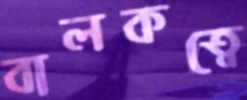
বালকত্বে